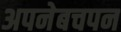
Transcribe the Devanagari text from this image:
अपनेबचपन